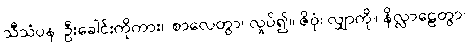
သီသံပန၊ ဦးခေါင်းကိုကား။ စာလေတွာ၊ လှုပ်၍။ ဇိဝှံ၊ လျှာကို။ နိလ္လာဠေတွာ၊